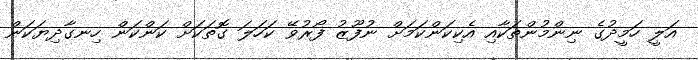
އަލީ ހަމީދުގެ ނިންމުންތަކާއި އެކިކަންކަމަށް ނުފޫޒު ފޯރުވޭ ކަހަލަ ގޮތަކަށް ކަންކަން ހިނގާދިޔަކަން